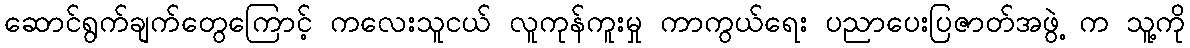
ဆောင်ရွက်ချက်တွေကြောင့် ကလေးသူငယ် လူကုန်ကူးမှု ကာကွယ်ရေး ပညာပေးပြဇာတ်အဖွဲ့ က သူ့ကို